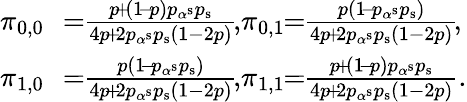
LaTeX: \begin{array}{rl}{\pi_{0,0}}&{\! \! =\! \! \frac{p\! +\! (1\! -\! p)p_{\alpha^{\mathrm{s}}}p_{\mathrm{s}}}{4p\! +\! 2p_{\alpha^{\mathrm{s}}}p_{\mathrm{s}}(1-2p)}\! ,\! \pi_{0,1}\! \! =\! \! \frac{p(1\! -\! p_{\alpha^{\mathrm{s}}}p_{\mathrm{s}})}{4p\! +\! 2p_{\alpha^{\mathrm{s}}}p_{\mathrm{s}}(1-2p)}\! ,\! }\\ {\pi_{1,0}}&{\! \! =\! \! \frac{p(1\! -\! p_{\alpha^{\mathrm{s}}}p_{\mathrm{s}})}{4p\! +\! 2p_{\alpha^{\mathrm{s}}}p_{\mathrm{s}}(1-2p)}\! ,\! \pi_{1,1}\! \! =\! \! \frac{p\! +\! (1\! -\! p)p_{\alpha^{\mathrm{s}}}p_{\mathrm{s}}}{4p\! +\! 2p_{\alpha^{\mathrm{s}}}p_{\mathrm{s}}(1-2p)}.}\end{array}